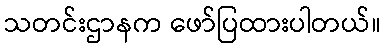
သတင်းဌာနက ဖော်ပြထားပါတယ်။